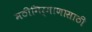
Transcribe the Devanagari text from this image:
मठीनिर्माणासाठी